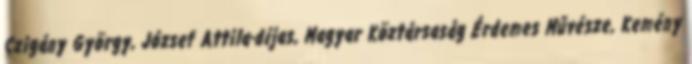
Czigány György, József Attila-díjas, Magyar Köztársaság Érdemes Művésze, Kemény